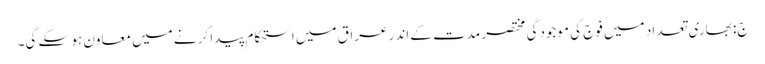
ج: بھاری تعداد میں فوج کی موجودگی مختصر مدت کے اندر عراق میں استحکام پیدا کرنے میں معاون ہو سکے گی۔